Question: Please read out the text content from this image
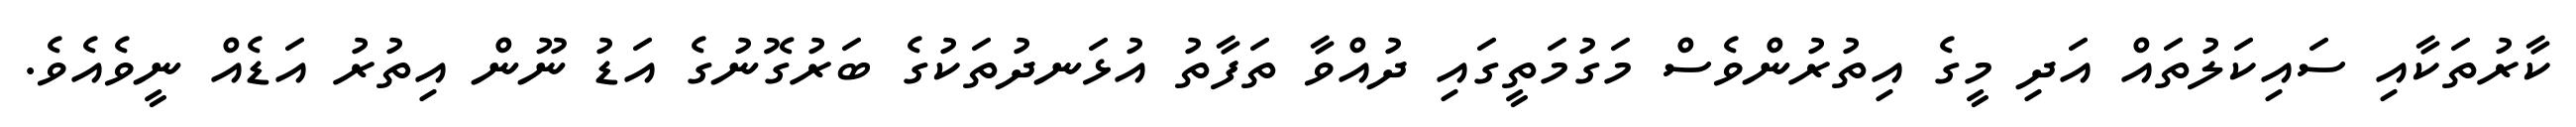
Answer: ކާރުތަކާއި ސައިކަލުތައް އަދި މީގެ އިތުރުންވެސް މަގުމަތީގައި ދުއްވާ ތަފާތު އުޅަނދުތަކުގެ ބަރުގޮނުގެ އަޑު ނޫން އިތުރު އަޑެއް ނީވެއެވެ.